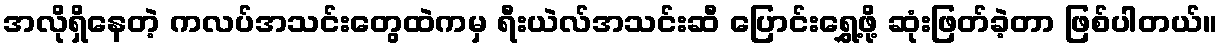
အလိုရှိနေတဲ့ ကလပ်အသင်းတွေထဲကမှ ရီးယဲလ်အသင်းဆီ ပြောင်းရွှေ့ဖို့ ဆုံးဖြတ်ခဲ့တာ ဖြစ်ပါတယ်။